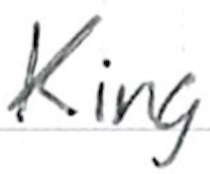
Text: King
Cross-out: clean
Writing tool: ballpoint